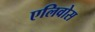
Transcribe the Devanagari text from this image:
एलिवोस